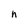
Character: h